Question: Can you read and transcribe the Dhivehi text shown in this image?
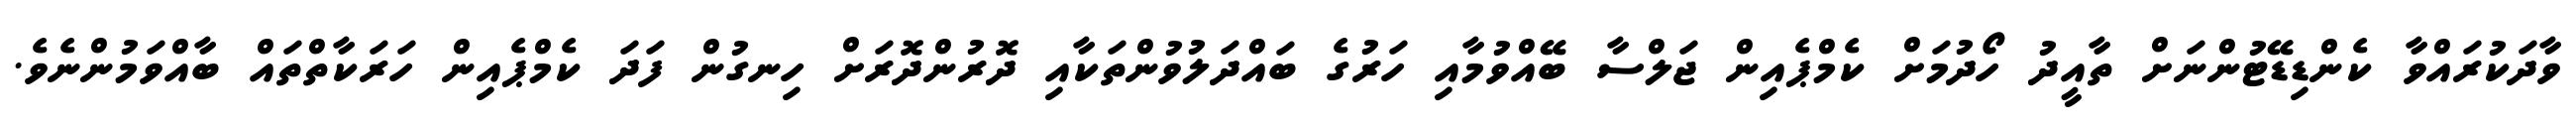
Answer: ވާދަކުރައްވާ ކެންޑިޑޭޓުންނަށް ތާއީދު ހޯދުމަށް ކެމްޕެއިން ޖަލްސާ ބޭއްވުމާއި ހަރުގެ ބައްދަލުވުންތަކާއި ދޮރުންދޮރަށް ހިނގުން ފަދަ ކެމްޕެއިން ހަރަކާތްތައް ބާއްވަމުންނެވެ.